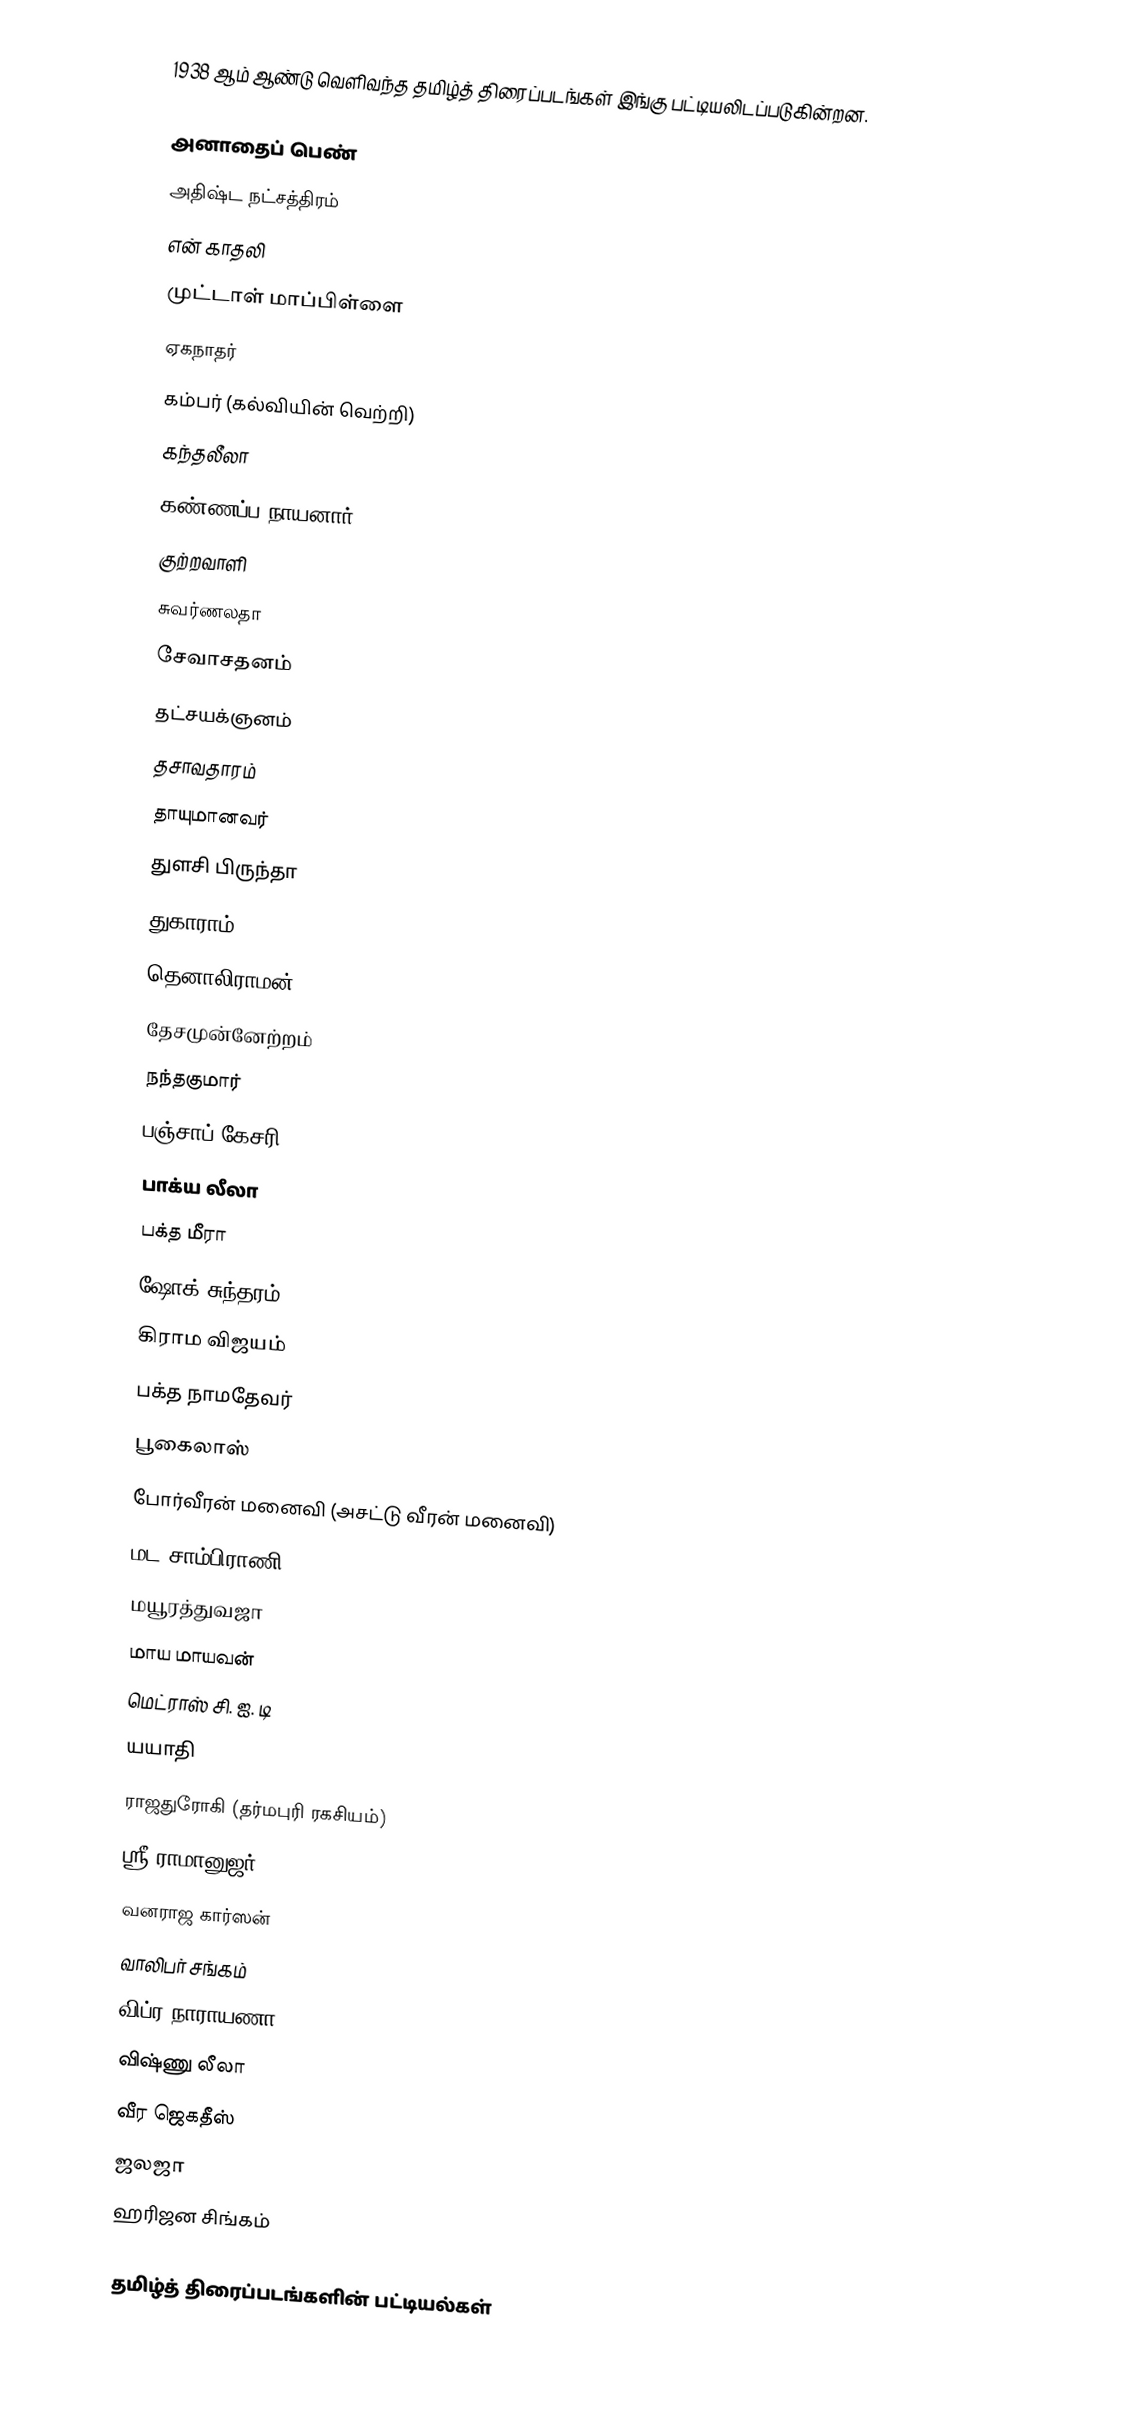
1938 ஆம் ஆண்டு வெளிவந்த தமிழ்த் திரைப்படங்கள் இங்கு பட்டியலிடப்படுகின்றன.

 அனாதைப் பெண்
 அதிஷ்ட நட்சத்திரம்
 என் காதலி
 முட்டாள் மாப்பிள்ளை
ஏகநாதர்
 கம்பர் (கல்வியின் வெற்றி)
 கந்தலீலா
 கண்ணப்ப நாயனார்
 குற்றவாளி
 சுவர்ணலதா
 சேவாசதனம்
 தட்சயக்ஞனம்
 தசாவதாரம்
 தாயுமானவர்
 துளசி பிருந்தா
 துகாராம்
 தெனாலிராமன்
 தேசமுன்னேற்றம்
 நந்தகுமார்
 பஞ்சாப் கேசரி
 பாக்ய லீலா
 பக்த மீரா
 ஷோக் சுந்தரம்
 கிராம விஜயம்
 பக்த நாமதேவர்
 பூகைலாஸ்
 போர்வீரன் மனைவி (அசட்டு வீரன் மனைவி)
 மட சாம்பிராணி
 மயூரத்துவஜா
 மாய மாயவன்
 மெட்ராஸ் சி. ஐ. டி
 யயாதி
 ராஜதுரோகி (தர்மபுரி ரகசியம்)
 ஸ்ரீ ராமானுஜர்
 வனராஜ கார்ஸன்
 வாலிபர் சங்கம்
 விப்ர நாராயணா
 விஷ்ணு லீலா
 வீர ஜெகதீஸ்
 ஜலஜா
 ஹரிஜன சிங்கம்

தமிழ்த் திரைப்படங்களின் பட்டியல்கள்